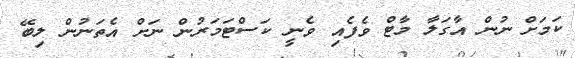
ކަމަށް ނުން އާގަލާ މާޓް ވެފެއި ވެނީ ކަސްޓަމަރުން ނަށް އެތަނުން ލިބޭ